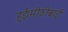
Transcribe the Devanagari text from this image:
हुई।मीठीबाई